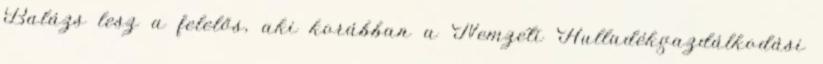
Balázs lesz a felelős, aki korábban a Nemzeti Hulladékgazdálkodási